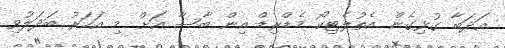
އަދަބާ ގުޅިގެން އެތުލެޓިކޯ މެޑްރިޑް އިން ބާސާ އަށް މި އަަހަރު ބަދަލުވި